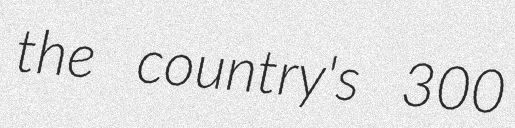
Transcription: the country's 300